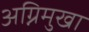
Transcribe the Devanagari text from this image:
अग्निमुखा